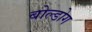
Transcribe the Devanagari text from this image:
बोल्डोग